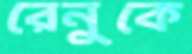
রেনুকে